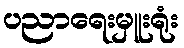
ပညာရေးမှူးရုံး